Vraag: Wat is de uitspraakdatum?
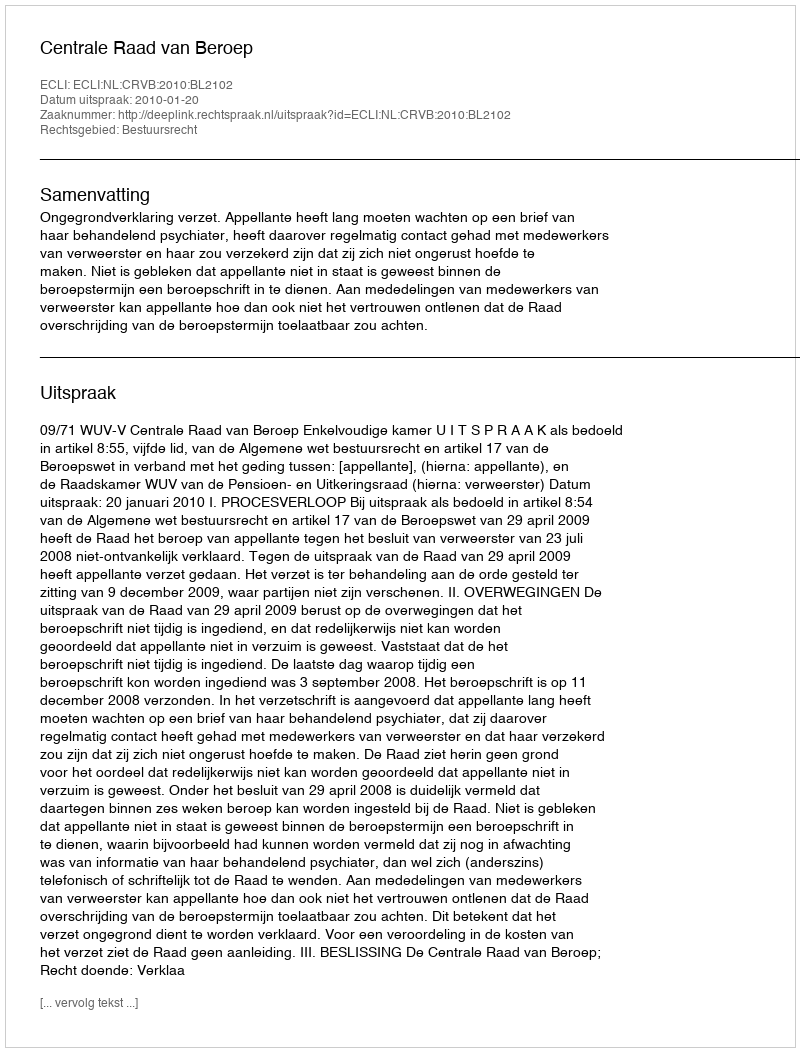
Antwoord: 2010-01-20